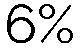
6%